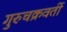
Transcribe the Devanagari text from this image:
गुरुचक्रवर्ती